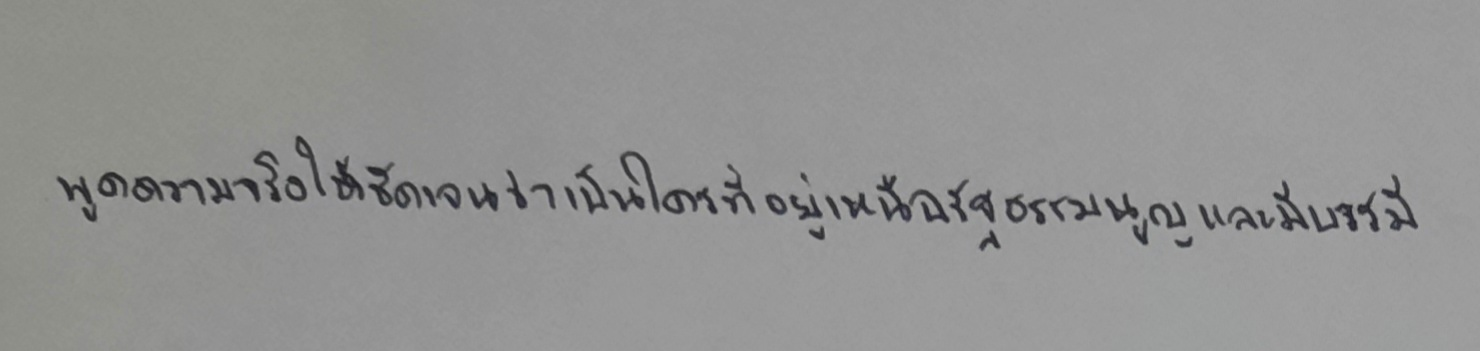
พูดความจริงให้ชัดเจนว่าเป็นใครที่อยู่เหนือรัฐธรรมนูญและมีบารมี